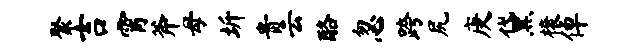
聚吉霄斧母圻贵云酪忽跨尻庚黛榱倬